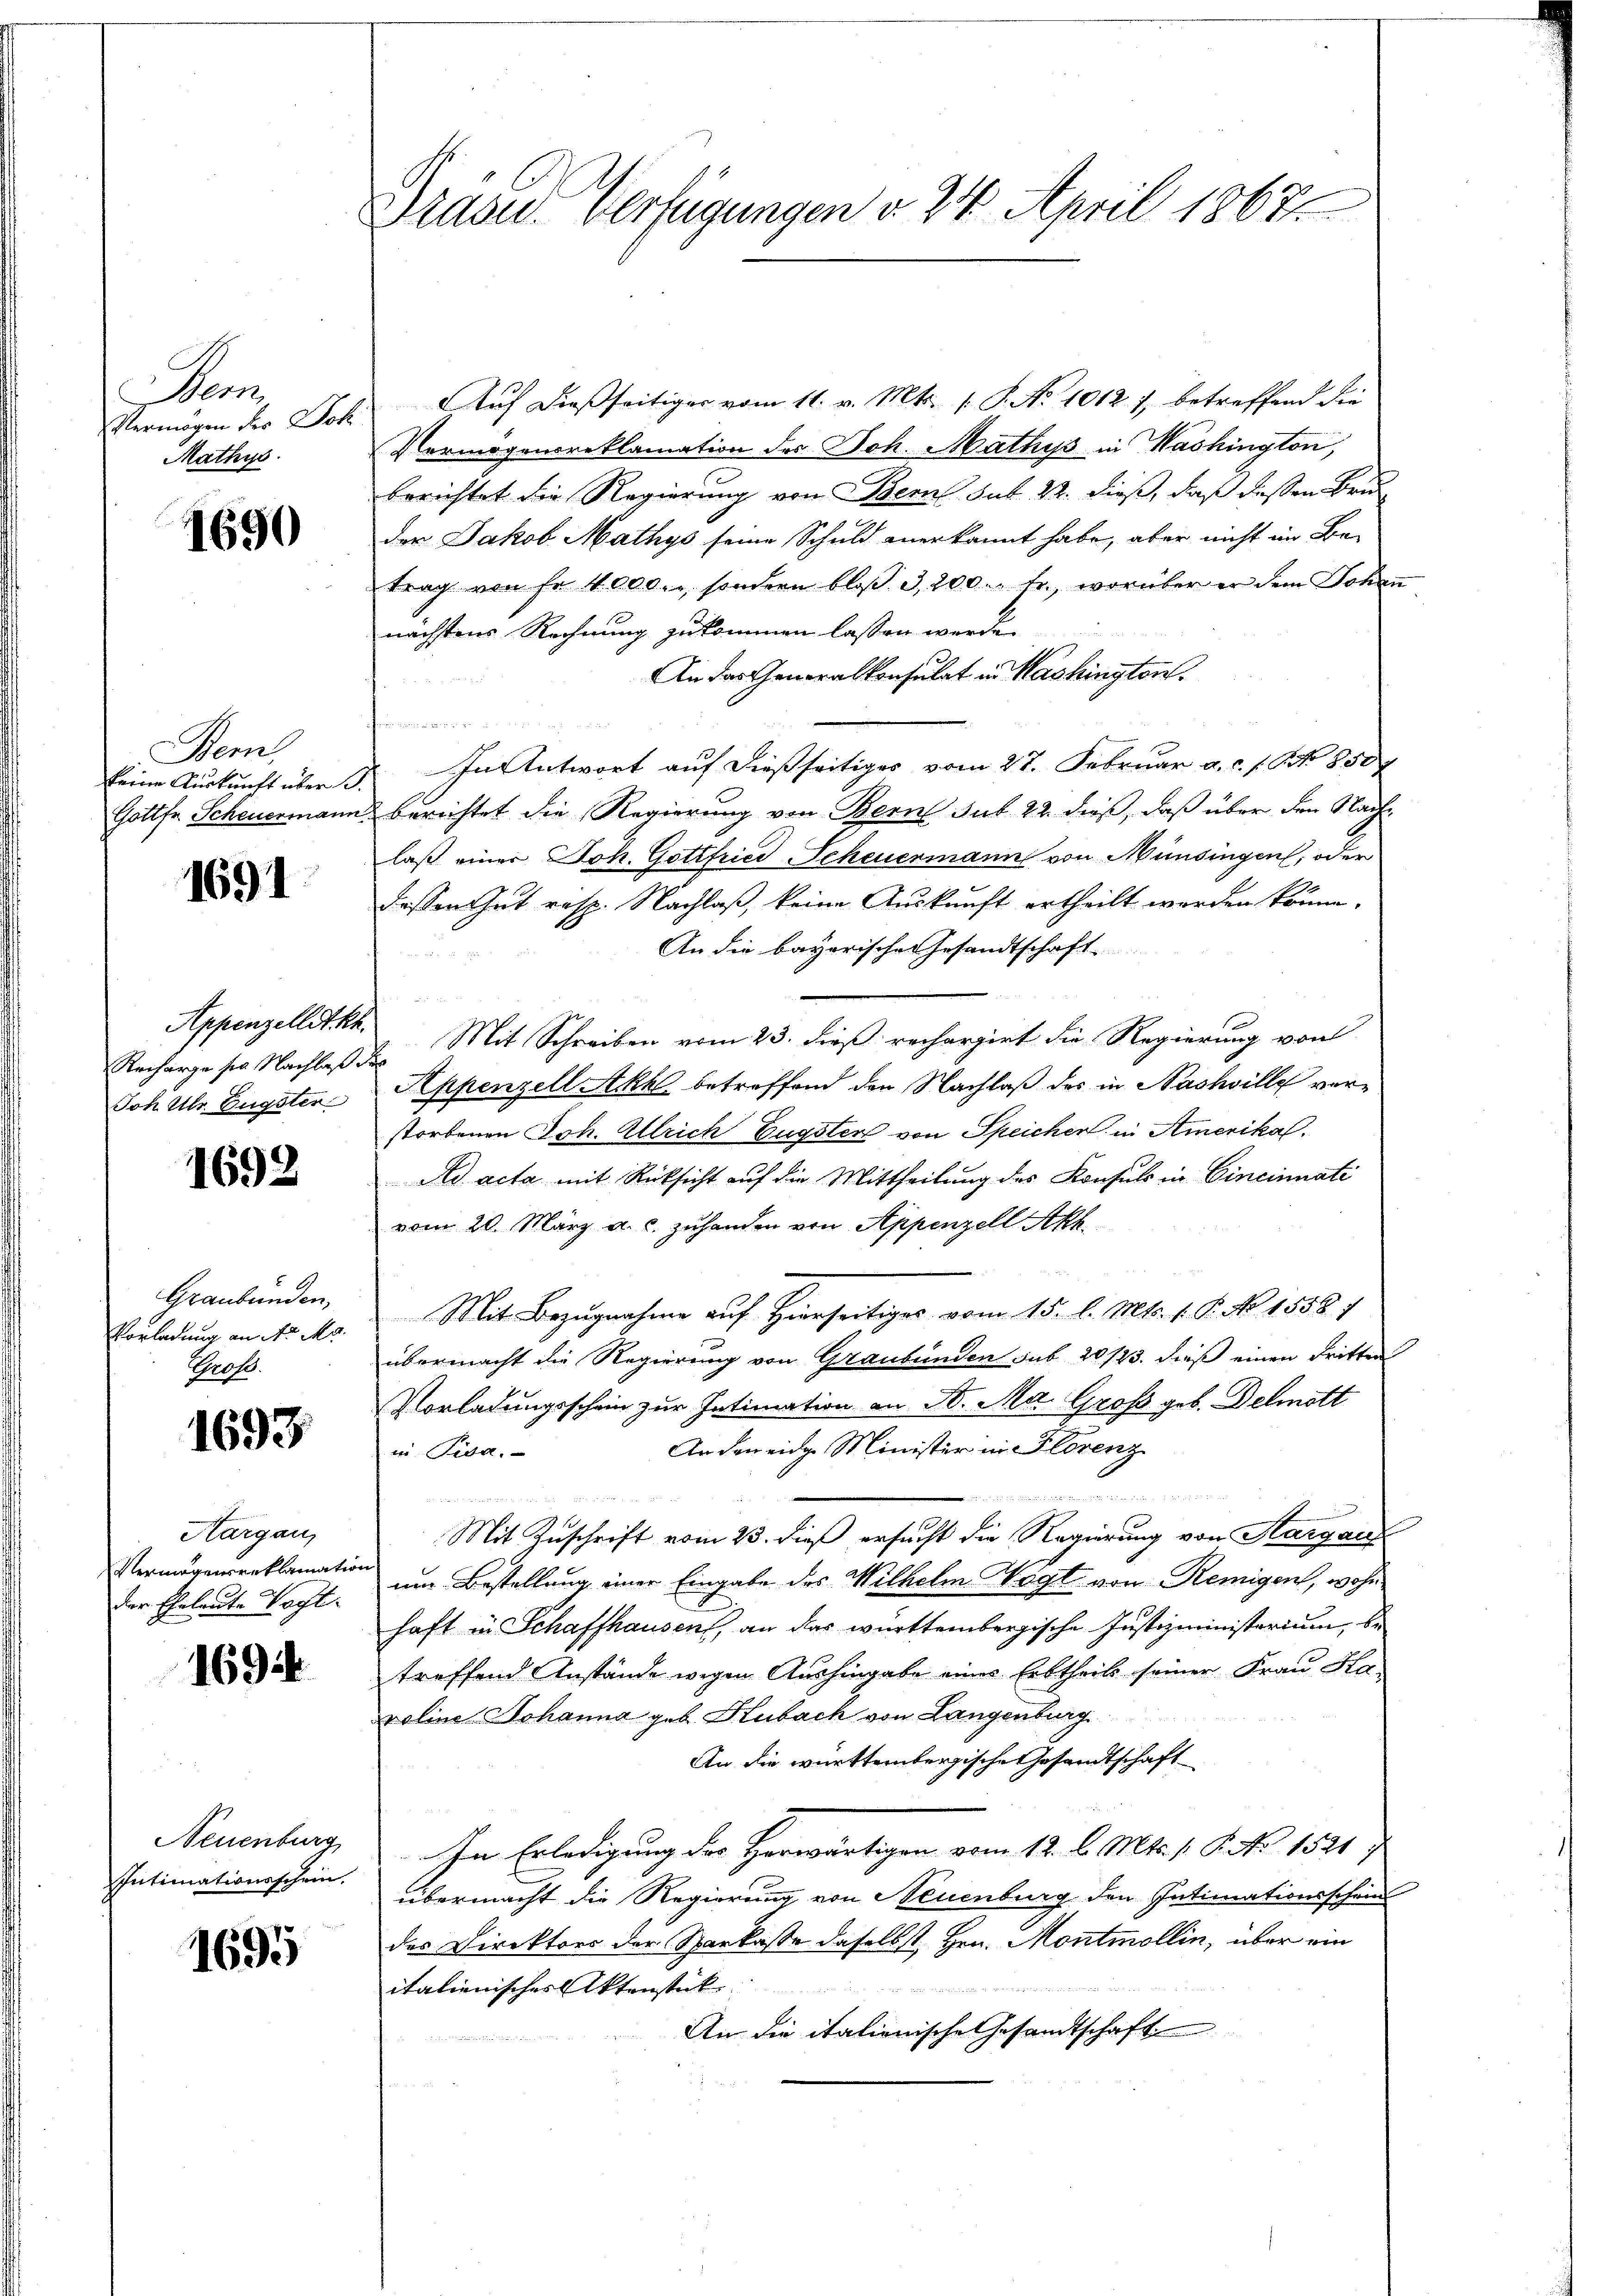
Den
Vermögen des Dok
Mathys

1690

Bern,
keine Auskunft über 1.
Gottfr. Scheuermann

1691

Appenzellet kk.
Recharge sie Nachlaß
Joh Ulr. Eugster

1692

Graubünden,
Vorladung an Nr. Mo.
Gross.

1693.

Hargau,
Vermögensreklamation
der Eheleute Vort.

1694

Neuenburg
Intimationsschein.

1695

Präse Verfügungen v. 24. April 1867

Auf dießseitiger vom 11. v. Mts. (: P. Nr. 1012 7, betreffend die
Vermögensreklamation des Joh. Mathys in Washington,
berichtet die Regierung von Bern sub 22. dieß, daß dessen Bru
der Jakob Mathys seine Schuld anerkannt habe, aber nicht im Betrag von fr. 4000., sondern bloß 3,200. fr., worüber er dem Johan
nächstens Rechnung zukommen lassen werde.
An das Generalkonsulat in Washingten.
In Antwort auf dießseitiges vom 27. Februar a. c. f. N. 850
berichtet die Regierung von Bern sub. 22. dieß, daß über den Nach
laß einer Joh. Gottfried Scheuermann von Münsingen, oder
dessen Gut resp. Nachlaß, keine Auskunft ertheilt werden könne.
An die bayerischen Gesandtschaft
Mit Schreiben vom 23. dieß rechargirt die Regierung von
.
Appenzell Akk betreffend den Nachlaß des in Nashville verstorbenen Joh. Alleich Eugsten von Speicher in Amerika.
ded acta mit Rücksicht auf die Mittheilung des Konsuls in Cincinuati
vom 20. März a. c. zuhanden von Appenzell Akk

Mit Bezugnahme auf hierseitiges vom 15. l. Mts. 1. P. No 1558)
übermacht die Regierung von Graubünden sub 20/23. dieß einen Dritten
Vorladungsschein zur Intimation an D. M. Groß geb. Delmott
An den eidge Minister in Florenz
in Pisa.
.
50
Mit Zuschrift vom 23. dieß ersucht die Regierung von Aargauf
um Bestellung einer Eingabe des Wilhelm Vogt von Remigen, wohn
haft in Schaffhausen, an das württembergische Justizministerium, betreffend Anstände wegen Aushingabe eines Erbtheils seiner Frau Haroline Johanna geb. Hubach von Langenburg
An die württembergische Gesandtschaft
In Erledigung des Herwärtigen vom 12. l. Mts. 1. P. No 1521 7
übermacht die Regierung von Neuenburg den Intimationsschein
des Direktors der Sparkasse daselbst Hrn. Montmollin, über ein
italienischer Aktenstück
An die italienische Gesandtschaft